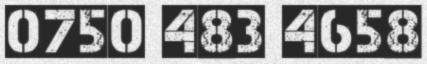
0750 483 4658